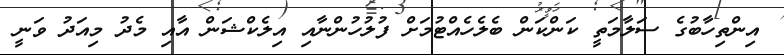
އިންތިހާބުގެ ސަލާމަތީ ކަންކަން ބެލެހެއްޓުމަށް ފުލުހުންނާއި އިލެކްޝަން އާއި މެދު މިއަދު ވަނީ